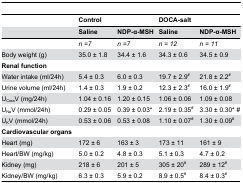
|  | <COLSPAN=2> Control | <COLSPAN=2> DOCA-salt |
 |  | Saline | NDP-α-MSH | Saline | NDP-α-MSH |
 | --- | --- | --- | --- | --- |
 |  | n =7 | n =7 | n = 12 | n = 11 |
 | Body weight (g) | 35.0 ± 1.8 | 34.4 ± 1.6 | 34.3 ± 0.6 | 34.5 ± 0.9 |
 | Renal function |  |  |  |  |
 | Water intake (ml/24h) | 5.4 ± 0.3 | 6.0 ± 0.3 | 19.7 ± 2.9# | 21.8 ± 2.2# |
 | Urine volume (ml/24h) | 1.4 ± 0.3 | 1.9 ± 0.2 | 12.3 ± 2.3# | 16.0 ± 1.9# |
 | UCreaV (mg/24h) | 1.04 ± 0.16 | 1.20 ± 0.15 | 1.06 ± 0.06 | 1.09 ± 0.08 |
 | UNaV (mmol/24h) | 0.29 ± 0.05 | 0.39 ± 0.03* | 2.19 ± 0.35# | 3.30 ± 0.30* # |
 | UKV (mmol/24h) | 0.53 ± 0.06 | 0.53 ± 0.08 | 1.10 ± 0.07# | 1.30 ± 0.09# |
 | Cardiovascular organs |  |  |  |  |
 | Heart (mg) | 172 ± 6 | 163 ± 3 | 173 ± 11 | 161 ± 9 |
 | Heart/BW (mg/kg) | 5.0 ± 0.2 | 4.8 ± 0.3 | 5.1 ± 0.3 | 4.7 ± 0.2 |
 | Kidney (mg) | 218 ± 6 | 201 ± 5 | 305 ± 20# | 289 ± 12# |
 | Kidney/BW (mg/kg) | 6.3 ± 0.3 | 5.9 ± 0.2 | 8.9 ± 0.5# | 8.4 ± 0.3# |